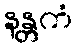
နန္တကံ